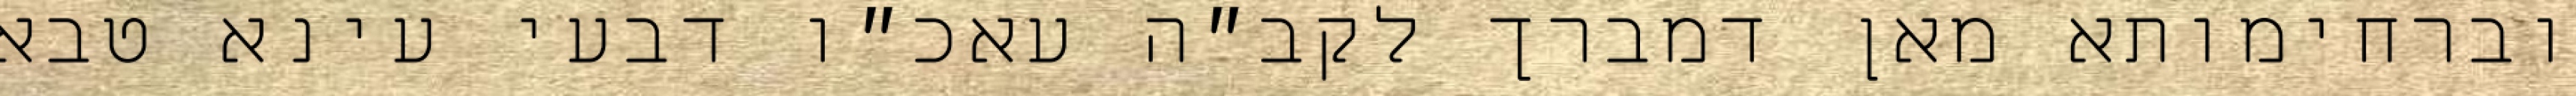
וברחימותא מאן דמברך לקב״ה עאכ״ו דבעי עינא טבא